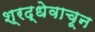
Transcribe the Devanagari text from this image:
श्रद्धेवाचून